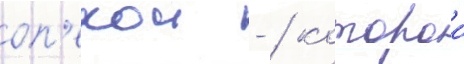
оп'екои - / которои